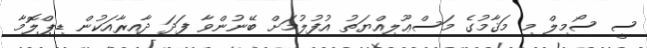
ސީ ސޯމިލް މި މަޤާމުގެ މަސްޢޫލިއްޔަތު އުފުލުމަށް ބޭނުންވާ ފަދަ ދާއިރާއަކުން ޑިޕްލޮމާ